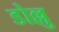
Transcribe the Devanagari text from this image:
डोल्लु